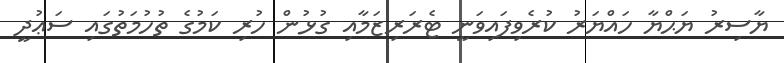
ޔާސިރު ޔަޙްޔާ ހައްޔަރު ކުރެވިފައިވަނީ ޓެރަރިޒަމާއި ގުޅުން ހުރި ކަމުގެ ތުހުމަތުގައި ސަޢުދީ